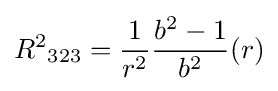
{R^{2}}_{323}={\frac {1}{r^{2}}}{\frac {b^{2}-1}{b^{2}}}(r)